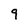
Character: 9